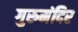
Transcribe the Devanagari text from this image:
गुरुमंदिर